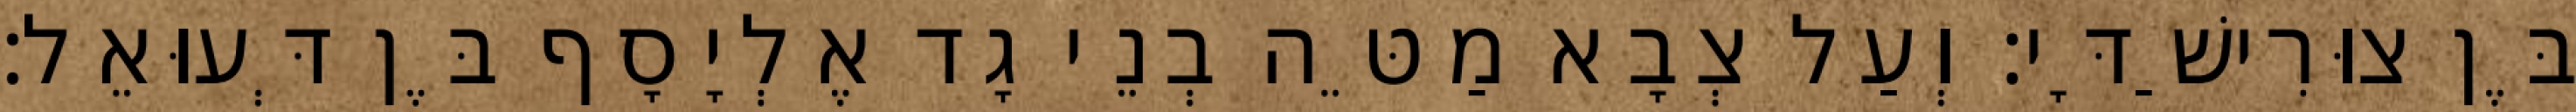
בֶּן צוּרִישַׁדָּי׃ וְעַל צְבָא מַטֵּה בְנֵי גָד אֶלְיָסָף בֶּן דְּעוּאֵל׃